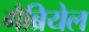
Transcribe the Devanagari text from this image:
गैब्रियेल